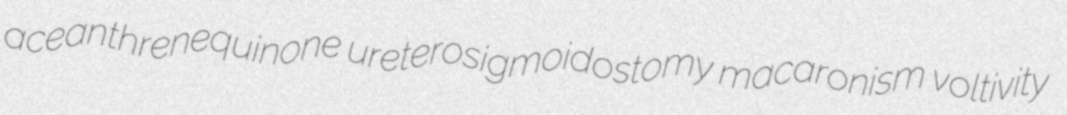
aceanthrenequinone ureterosigmoidostomy macaronism voltivity